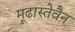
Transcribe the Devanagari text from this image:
मूढास्तेवैन